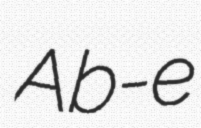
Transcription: Ab-e